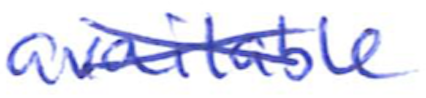
Text: available
Cross-out: cross
Writing tool: ballpoint